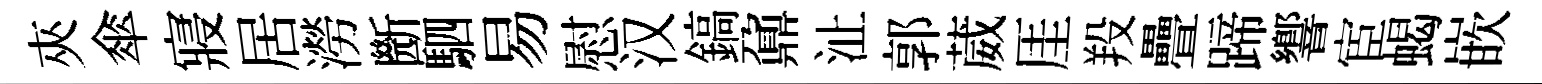
夾傘寢居澇㫁駟易慰汉鎬鼐沚郭葳厓羖疊蹄響宦蝎嵌